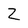
Character: Z